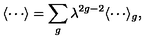
\langle \cdots \rangle = \sum _ { g } \lambda ^ { 2 g - 2 } \langle \cdots \rangle _ { g } ,